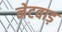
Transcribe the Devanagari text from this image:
नेटवाड़